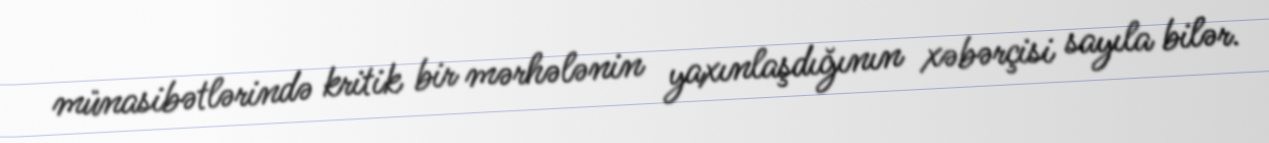
münasibətlərində kritik bir mərhələnin yaxınlaşdığının xəbərçisi sayıla bilər.